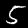
Label: 5